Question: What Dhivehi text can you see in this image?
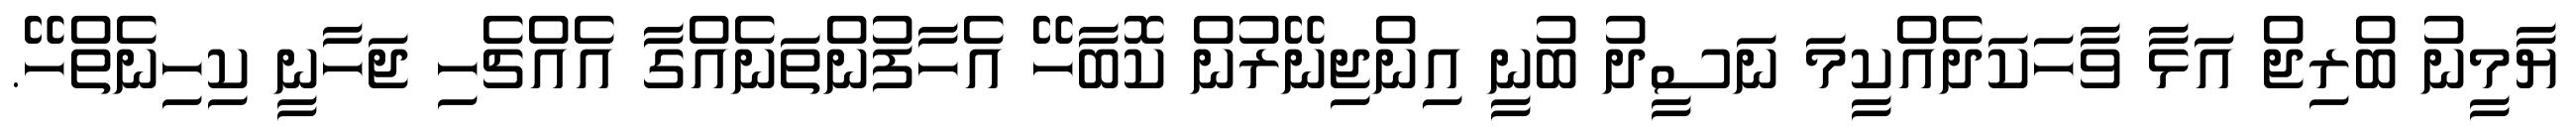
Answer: ޔާމީނު ބްރިޖް އަޅާ ވާހަކަދެއްކީމަ ނަސީދު ބުނީ އިންޖިނޭރުން ކޮބާހޭ އެހާފުންތަނެއްގާ އެއްޗެހި ޖަހާނީ ކިހިނެތްހޭ.